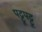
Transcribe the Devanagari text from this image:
पट्टूपट्टू